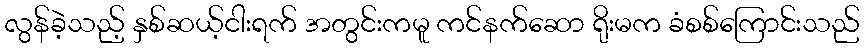
လွန်ခဲ့သည့် နှစ်ဆယ့်ငါးရက် အတွင်းကမူ ကင်နက်ဆော ရိုးမက ခံစစ်ကြောင်းသည်